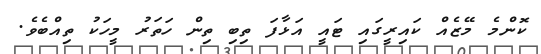
ކޮންމެ މޭޒެއް ކައިރީގައި ޓައީ އަޅާފަ ތިބި ތިން ހަތަރު މީހަކު ތިއްބެވެ.